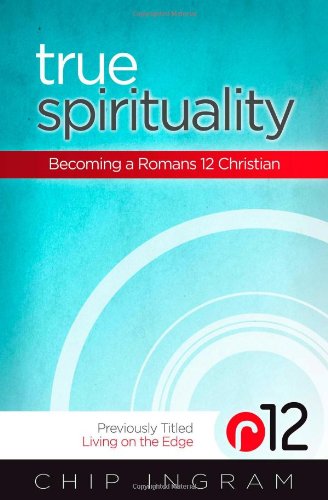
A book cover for True Spirituality: Becoming a Romans 12 Christian; Chip Ingram; Christian Books & Bibles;